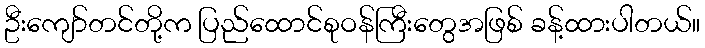
ဦးကျော်တင်တို့က ပြည်ထောင်စုဝန်ကြီးတွေအဖြစ် ခန့်ထားပါတယ်။